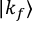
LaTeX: | k _ { f } \rangle